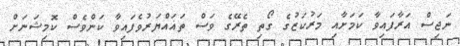
ނަޖިސް އަރާފައިވާ ކަމަށާއި މަރުކަޒުގެ ގޯތި ތެރޭގެ ވަސް ތަޣައްޔަރުވެފައިވާ ކަންވެސް ކޮމިޝަނަށް